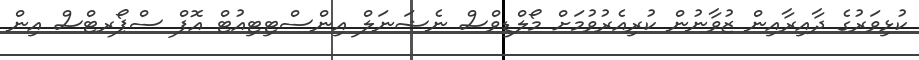
ކުޅިވަރުގެ ދާއިރާއިން ޒުވާނުން ކުރިއެރުވުމަށް މޯލްޑިވްސް ނެޝަނަަލް އިންސްޓިޓިއުޓް އޮފް ސްޕޯރޓްސް އިން